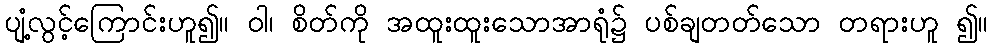
ပျံ့လွင့်ကြောင်းဟူ၍။ ဝါ၊ စိတ်ကို အထူးထူးသောအာရုံ၌ ပစ်ချတတ်သော တရားဟူ ၍။